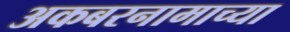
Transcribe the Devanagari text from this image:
अकबरनामाच्या